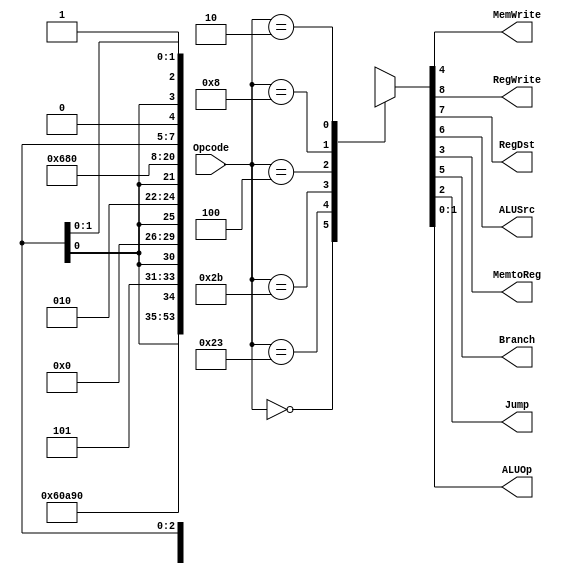
module main_decoder(
input [5:0] Opcode,
output MemWrite,
output RegWrite,
output RegDst,
output ALUSrc,
output MemtoReg,
output Branch,
output Jump,
output [1:0] ALUOp);

reg [8:0] cltr;

always @ (*)begin

case(Opcode)
 6'b000000: cltr <= 9'b110000010; //R
 6'b100011: cltr <= 9'b101001000; //lw
 6'b101011: cltr <= 9'b0x101x000; //sw
 6'b000100: cltr <= 9'b0x010x001; //beq
 6'b001000: cltr <= 9'b101000000; //addi
 6'b000010: cltr <= 9'b0xxx0x1xx; //j
 

default: cltr <= 9'bxxxxxxxxx; //generic

endcase
end 

assign {RegWrite,RegDst,ALUSrc,Branch,MemWrite,MemtoReg,Jump,ALUOp} = cltr;

endmodule